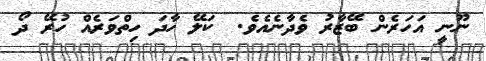
ނޫނީ އަހަރެން ބޭޒާރު ވެދާނެއެވެ.  ކަލޭ ހާދަ ހިތްވަރެއް ހުރޭ ދޯ